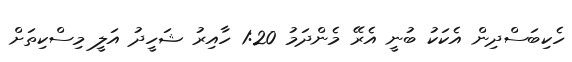
ހެކިބަސްދިން އެކަކު ބުނީ އެރޭ މެންދަމު 1:20 ހާއިރު ޝަހީދު އަލީ މިސްކިތަށް